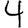
Digit: 4